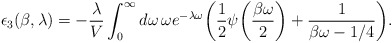
\begin{align*}\epsilon_3(\beta, \lambda)=-\frac{\lambda}{V}\int_{0}^{\infty}d\omega\, \omega e^{-\lambda\omega}\biggl(\frac{1}{2}\psi\biggl(\frac{\beta\omega}{2}\biggr)+\frac{1}{\beta\omega - 1/4}\biggr).\end{align*}